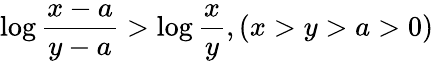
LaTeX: \log\frac{x-a}{y-a}>\log\frac{x}{y},(x>y>a>0)